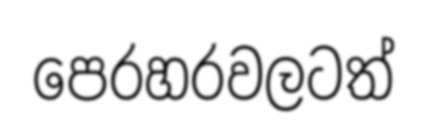
පෙරහරවලටත්